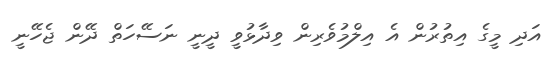
އަދި މީގެ އިތުރުން އެ އިލްމުވެރިން ވިދާޅުވީ ދީނީ ނަސޭހަތް ދޭން ޖެހޭނީ